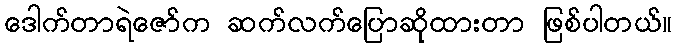
ဒေါက်တာရဲဇော်က ဆက်လက်ပြောဆိုထားတာ ဖြစ်ပါတယ်။